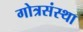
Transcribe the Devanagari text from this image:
गोत्रसंस्था